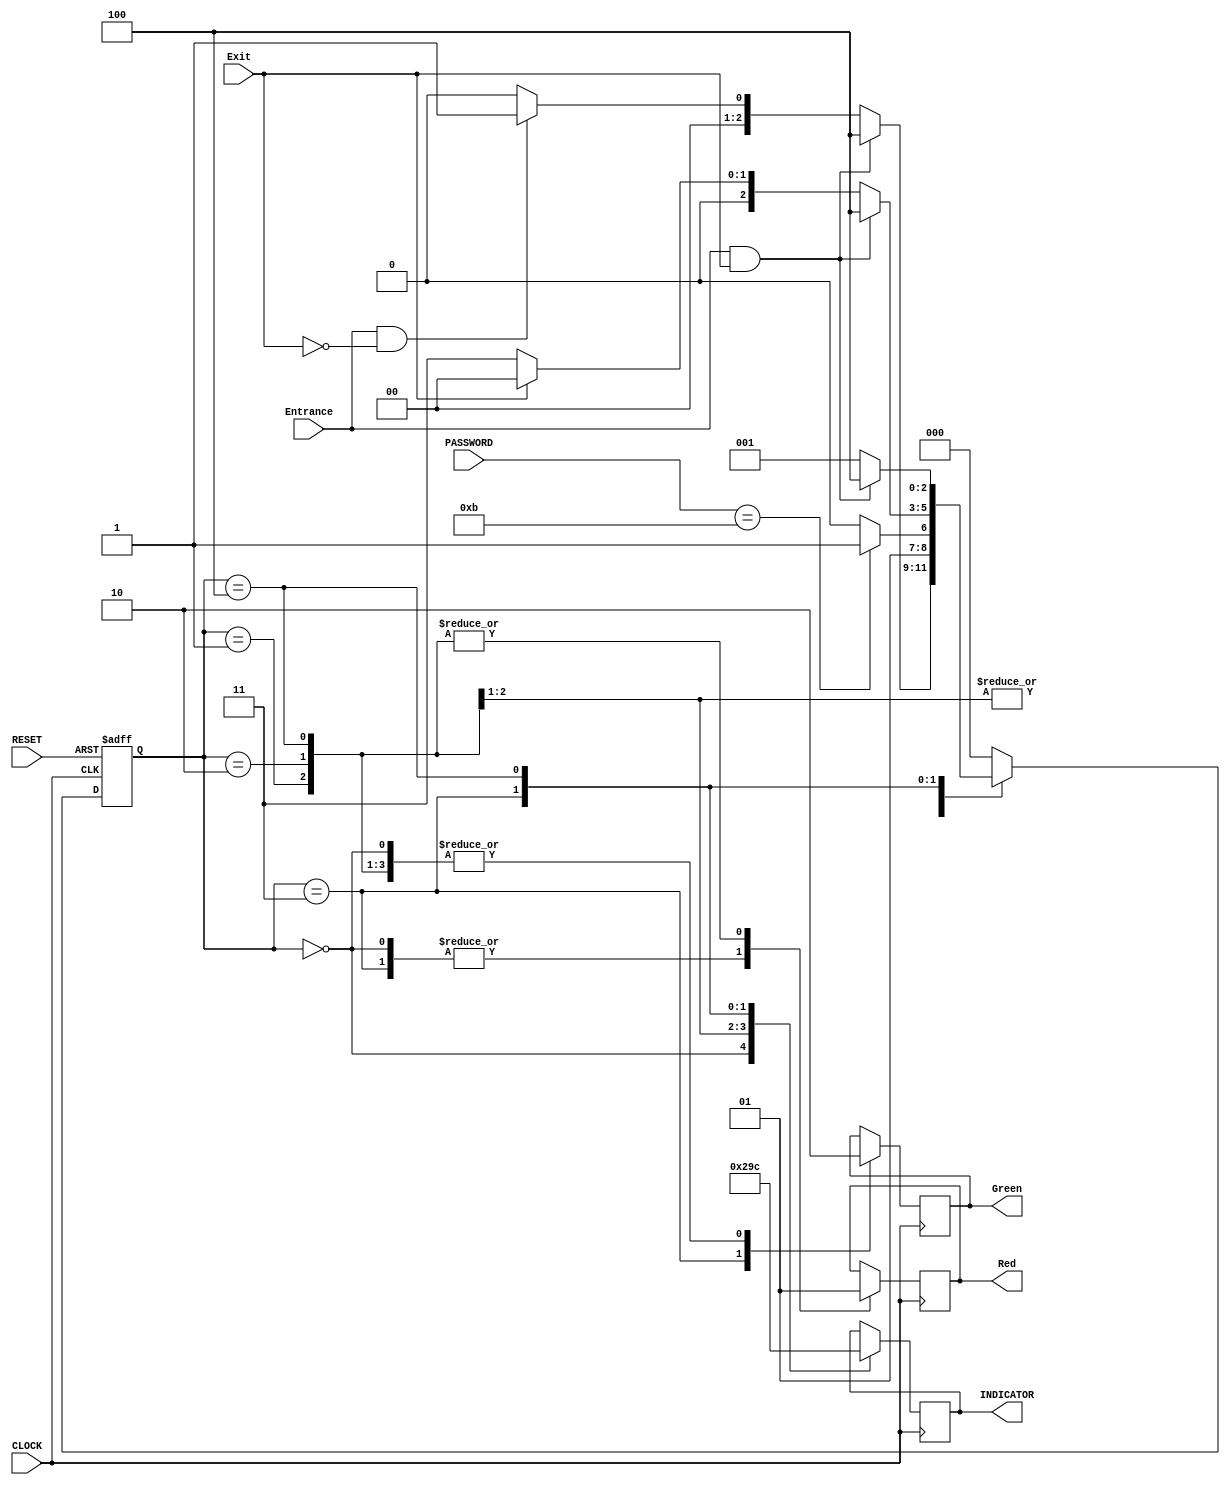
// Code your design here
//Smart Car Parking System
//Tanuj Kumar 2020csb1134
//Jatin 2020csb1090


//Smart Car Parking System
//Tanuj Kumar 2020csb1134
//Jatin 2020csb1090

`timescale 1ns / 1ps
//Verilog Code for Car parking System
module CAR_Parking_System(
    input RESET,          // 1 bit input for resetting the car parking system
    input CLOCK,          // Clock as continuous input of 1 bit
    input Entrance,       // 1 bit Entrance value asking for entering the system
    input Exit,           // 1 bit Exit value asking for Exiting the system
    input [3:0] PASSWORD, //  Password of 4 bit length to increase security
    output wire Green,
    output wire Red,

    output reg [2:0] INDICATOR // Output variable used to refer states of FSM

  );

  //Five States
  parameter Correct_password = 3'b011;
  parameter Incorrect_password = 3'b010;
  parameter Initial_State = 3'b000;
  parameter HOLD = 3'b001;
  parameter End = 3'b100;

  // And the code is based on Moore FSM as output only depends on the current state
  reg[2:0] CS;//CS as Current State
  reg[2:0] NS;//NS as Next State


  reg RED_tmp,GREEN_tmp;

  initial
  begin
    CS=Initial_State;
  end

  always @(posedge CLOCK or posedge RESET)
  begin
    if(RESET)
      // When we set reset as 1 It will set current state as initial state
    begin
      CS = Initial_State;
    end
    else
      CS = NS;
    //When Clock changes its value from 0 to 1,It will set current state as Next state
  end



  always @(*)
  begin
    case(CS)
      Initial_State:
      begin
        if(Entrance == 1&& Exit== 1 )
          NS = End ;
        else if(Entrance==1&& Exit== 0 )
          NS= HOLD;
        else
          NS = Initial_State;
      end



      HOLD:
      begin
        if(PASSWORD==4'b1011)

          NS = Correct_password;

        else

          NS = Incorrect_password;

      end




      Incorrect_password:
      begin
        if(PASSWORD==4'b1011)

          NS = Correct_password;

        else
          NS = Incorrect_password;
      end


      Correct_password:
      begin
        if(Entrance==1 && Exit == 1)

          NS = End;

        else if(Exit ==1)
          NS = Initial_State;

        else
          NS = Correct_password;

      end

      End:
      begin
        if(Entrance==1 && Exit == 1)

          NS = End;

        else
          NS=HOLD;

      end
      default:
        NS = Initial_State;
    endcase
  end



  always @(posedge CLOCK) begin
    case(CS)
      Initial_State:  begin
        GREEN_tmp = 1'b0;
        RED_tmp = 1'b0;
        INDICATOR = 3'b000;
      end
      HOLD: begin
        GREEN_tmp = 1'b0;
        RED_tmp = 1'b1;
        INDICATOR = 3'b001;
      end
      Incorrect_password:  begin
        GREEN_tmp = 1'b0;
        RED_tmp = 1'b1;
        INDICATOR = 3'b010;
      end
      Correct_password:
      begin
        GREEN_tmp = 1'b1;
        RED_tmp = 1'b0;
        INDICATOR = 3'b011;
      end
      End:
      begin
        GREEN_tmp = 1'b0;
        RED_tmp = 1'b1;
        INDICATOR = 3'b100;
      end
    endcase
  end
  assign Red = RED_tmp  ;
  assign Green = GREEN_tmp;

endmodule